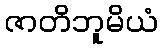
ဇာတိဘူမိယံ